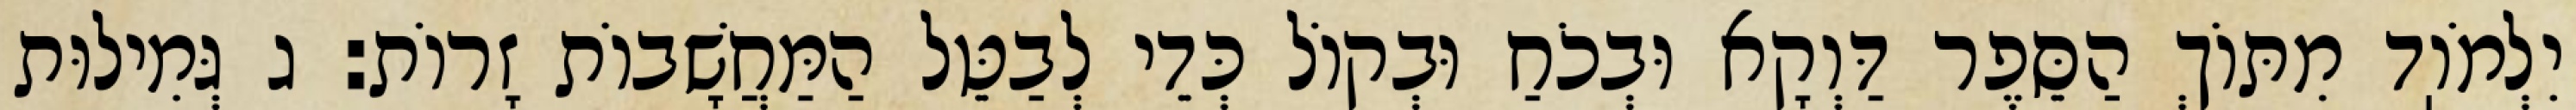
יִלְמֹוֽד מִתּוֹךְ הַסֵּפֶר דַּוְקָא וּבְכֹחַ וּבְקוֹל כְּדֵי לְבַטֵּל הַמַּחֲשָׁבוֹת זָרוֹת: ג גְּמִילוּת